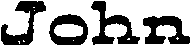
JOhn